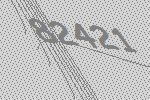
82421